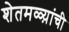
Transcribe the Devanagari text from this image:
शेतमळ्य़ांची